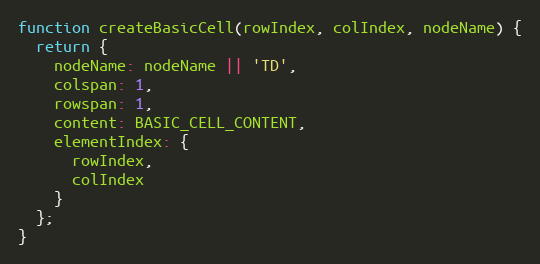
Language: JavaScript
function createBasicCell(rowIndex, colIndex, nodeName) {
  return {
    nodeName: nodeName || 'TD',
    colspan: 1,
    rowspan: 1,
    content: BASIC_CELL_CONTENT,
    elementIndex: {
      rowIndex,
      colIndex
    }
  };
}